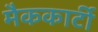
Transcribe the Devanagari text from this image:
मैककार्टी